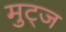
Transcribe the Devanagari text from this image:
मुट्‌ज